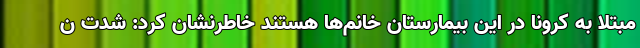
مبتلا به کرونا در این بیمارستان خانم‌ها هستند خاطرنشان کرد: شدت ن